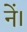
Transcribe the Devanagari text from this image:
नें।